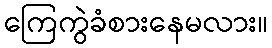
ကြေကွဲခံစားနေမလား။